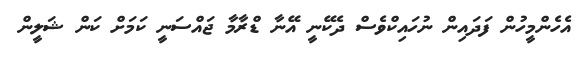
އެހެންމީހުން ފަދައިން ނުހައިކްވެސް ދެކޭނީ އޭނާ ޑްރާމާ ޖައްސަނީ ކަމަށް ކަން ޝަލީން